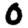
Digit: 0